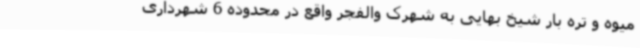
میوه و تره بار شیخ بهایی به شهرک والفجر واقع در محدوده 6 شهرداری